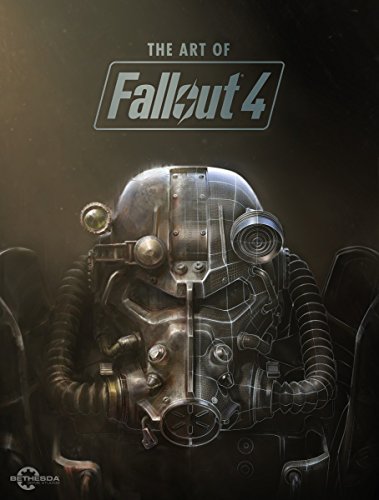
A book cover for The Art of Fallout 4; Comics & Graphic Novels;